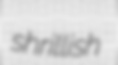
shrillish